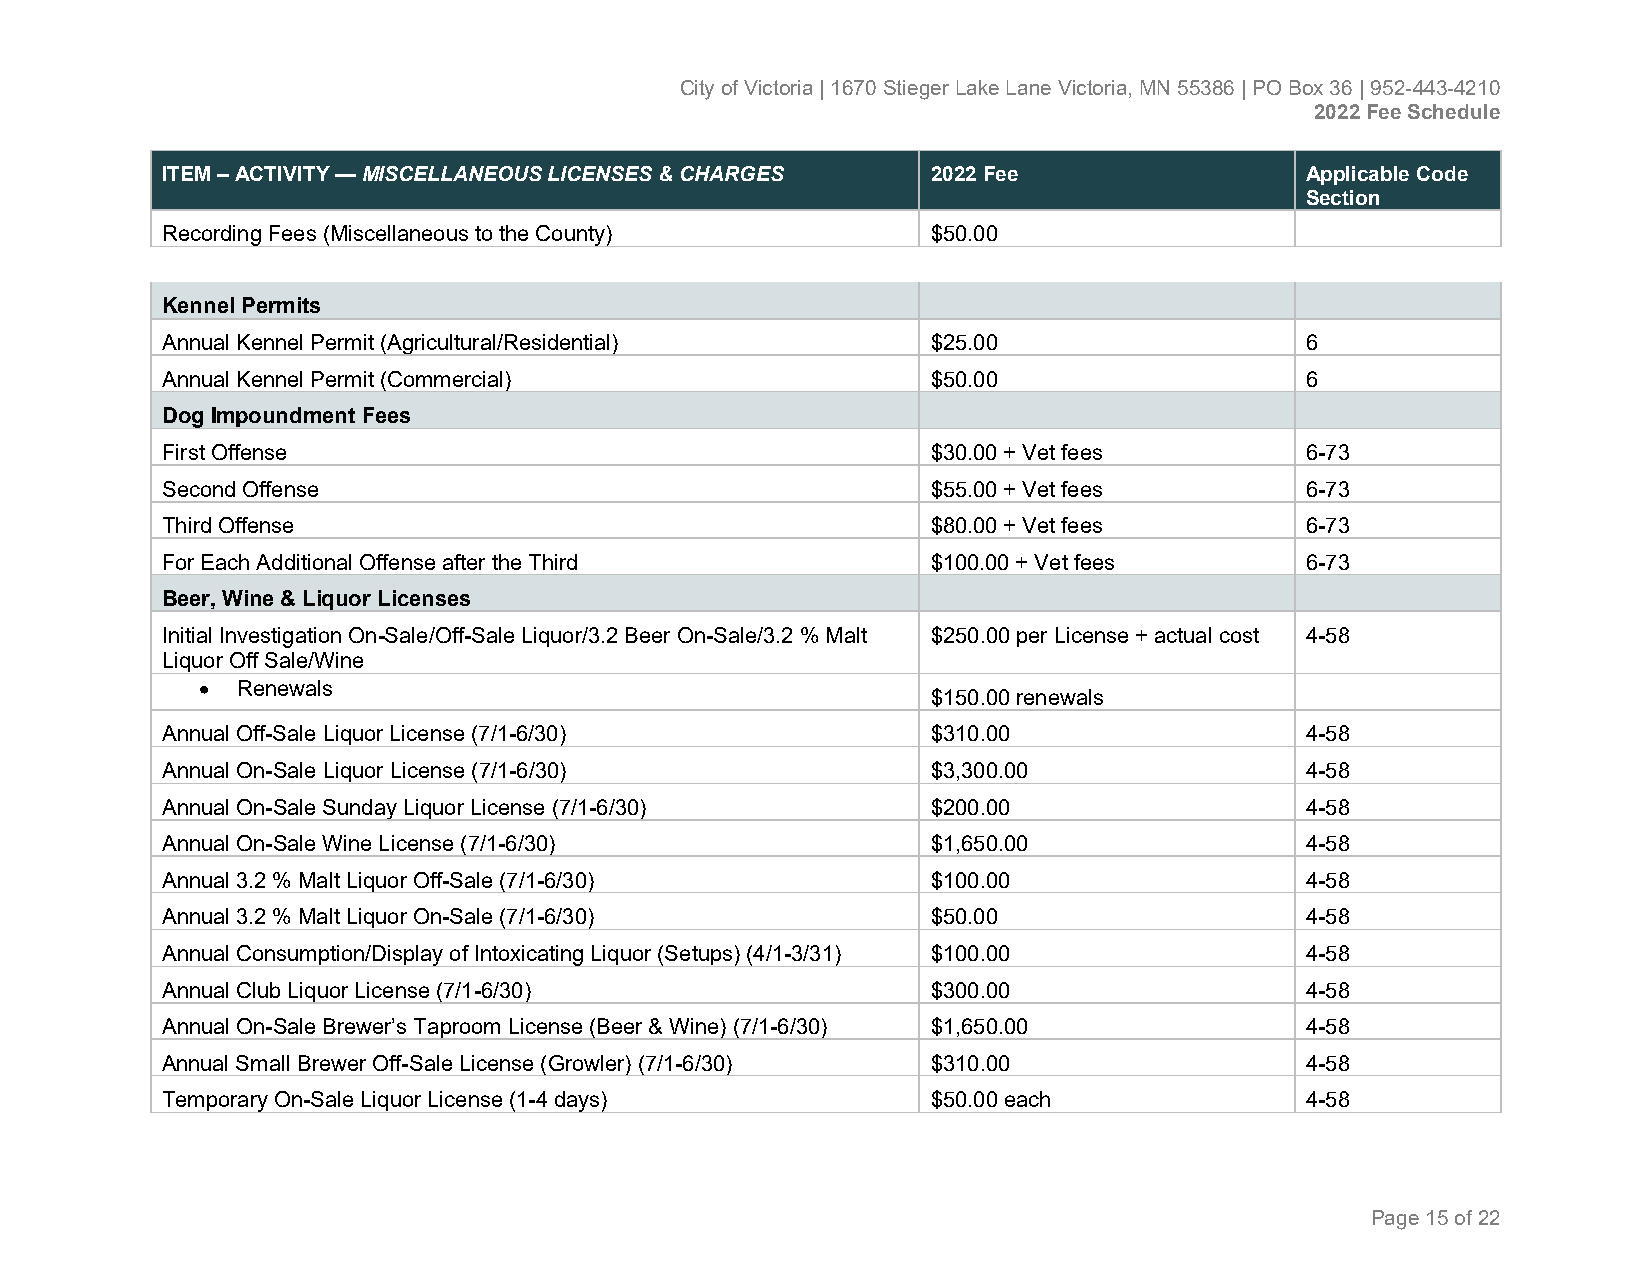
City of Victoria | 1670 Stieger Lake Lane Victoria, MN 55386 | PO Box 36 | 952-443-4210
 2022 Fee Schedule
 ITEM – ACTIVITY — MISCELLANEOUS LICENSES & CHARGES 2022 Fee                Applicable Code
 Section
 Recording Fees (Miscellaneous to the County)       $50.00
 Kennel Permits
 Annual Kennel Permit (Agricultural/Residential)    $25.00                  6
 Annual Kennel Permit (Commercial)                  $50.00                  6
 Dog Impoundment Fees
 First Offense                                      $30.00 + Vet fees       6-73
 Second Offense                                     $55.00 + Vet fees       6-73
 Third Offense                                      $80.00 + Vet fees       6-73
 For Each Additional Offense after the Third        $100.00 + Vet fees      6-73
 Beer, Wine & Liquor Licenses
 Initial Investigation On-Sale/Off-Sale Liquor/3.2 Beer On-Sale/3.2 % Malt $250.00 per License + actual cost 4-58
 Liquor Off Sale/Wine
 •  Renewals
 $150.00 renewals
 Annual Off-Sale Liquor License (7/1-6/30)          $310.00                 4-58
 Annual On-Sale Liquor License (7/1-6/30)           $3,300.00               4-58
 Annual On-Sale Sunday Liquor License (7/1-6/30)    $200.00                 4-58
 Annual On-Sale Wine License (7/1-6/30)             $1,650.00               4-58
 Annual 3.2 % Malt Liquor Off-Sale (7/1-6/30)       $100.00                 4-58
 Annual 3.2 % Malt Liquor On-Sale (7/1-6/30)        $50.00                  4-58
 Annual Consumption/Display of Intoxicating Liquor (Setups) (4/1-3/31) $100.00 4-58
 Annual Club Liquor License (7/1-6/30)              $300.00                 4-58
 Annual On-Sale Brewer’s Taproom License (Beer & Wine) (7/1-6/30) $1,650.00 4-58
 Annual Small Brewer Off-Sale License (Growler) (7/1-6/30) $310.00          4-58
 Temporary On-Sale Liquor License (1-4 days)        $50.00 each             4-58
 Page 15 of 22